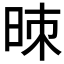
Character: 𰖁